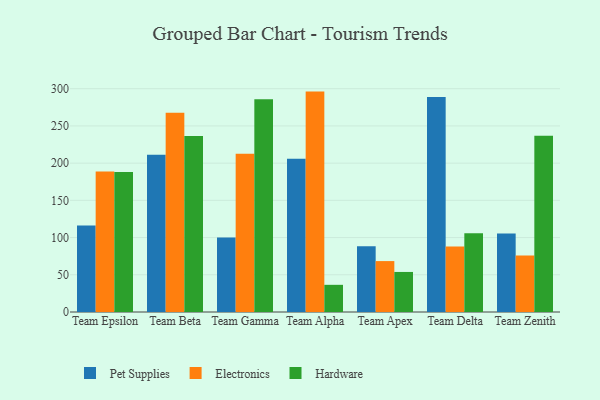
{"axis": {"x": "Team", "y": "Population (Million)"}, "legend": ["Electronics", "Hardware", "Pet Supplies"], "data": [{"x": "Team Epsilon", "y": 116.3, "type": "Pet Supplies"}, {"x": "Team Epsilon", "y": 188.7, "type": "Electronics"}, {"x": "Team Epsilon", "y": 188.2, "type": "Hardware"}, {"x": "Team Beta", "y": 211.4, "type": "Pet Supplies"}, {"x": "Team Beta", "y": 267.7, "type": "Electronics"}, {"x": "Team Beta", "y": 236.4, "type": "Hardware"}, {"x": "Team Gamma", "y": 100.1, "type": "Pet Supplies"}, {"x": "Team Gamma", "y": 212.5, "type": "Electronics"}, {"x": "Team Gamma", "y": 285.9, "type": "Hardware"}, {"x": "Team Alpha", "y": 205.9, "type": "Pet Supplies"}, {"x": "Team Alpha", "y": 296.1, "type": "Electronics"}, {"x": "Team Alpha", "y": 36.5, "type": "Hardware"}, {"x": "Team Apex", "y": 88.2, "type": "Pet Supplies"}, {"x": "Team Apex", "y": 68.4, "type": "Electronics"}, {"x": "Team Apex", "y": 53.8, "type": "Hardware"}, {"x": "Team Delta", "y": 289.0, "type": "Pet Supplies"}, {"x": "Team Delta", "y": 88.1, "type": "Electronics"}, {"x": "Team Delta", "y": 105.7, "type": "Hardware"}, {"x": "Team Zenith", "y": 105.5, "type": "Pet Supplies"}, {"x": "Team Zenith", "y": 75.9, "type": "Electronics"}, {"x": "Team Zenith", "y": 236.9, "type": "Hardware"}]}